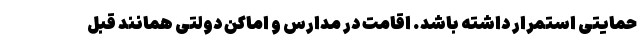
حمایتی استمرار داشته باشد. اقامت در مدارس و اماکن دولتی همانند قبل